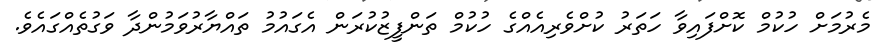
މެރުމަށް ހުކުމް ކޮށްފައިވާ ހަތަރު ކުށްވެރިއެއްގެ ހުކުމް ތަންފީޒުކުރަން އެގައުމު ތައްޔާރުވަމުންދާ ވަގުތެއްގައެވެ.